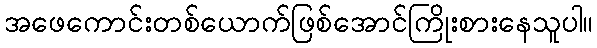
အဖေကောင်းတစ်ယောက်ဖြစ်အောင်ကြိုးစားနေသူပါ။